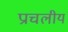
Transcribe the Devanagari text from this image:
प्राचलीय